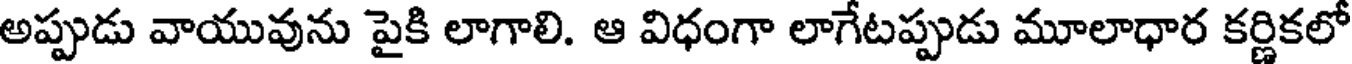
అప్పుడు వాయువును పైకి లాగాలి. ఆ విధంగా లాగేటప్పుడు మూలాధార కర్ణికలో